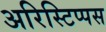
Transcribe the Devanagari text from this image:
अरिस्टिप्पस